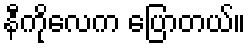
နီကိုလေက ပြောတယ်။